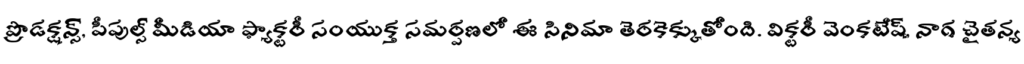
ప్రొడక్షన్స్, పీపుల్స్ మీడియా ఫ్యాక్టరీ సంయుక్త సమర్పణలో ఈ సినిమా తెరకెక్కుతోంది. విక్టరీ వెంకటేష్, నాగ చైతన్య